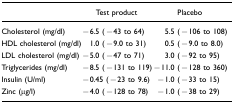
|  | Test product | Placebo |
 | --- | --- | --- |
 | Cholesterol (mg/dl) | −6.5 (−43 to 64) | 5.5 (−106 to 108) |
 | HDL cholesterol (mg/dl) | 1.0 (−9.0 to 31) | 0.5 (−9.0 to 8.0) |
 | LDL cholesterol (mg/dl) | −5.0 (−47 to 71) | 3.0 (−92 to 95) |
 | Triglycerides (mg/dl) | −8.5 (−131 to 119) | −11.0 (−128 to 360) |
 | Insulin (U/ml) | −0.45 (−23 to 9.6) | −1.0 (−33 to 15) |
 | Zinc (μg/l) | −4.0 (−128 to 78) | −1.0 (−38 to 29) |